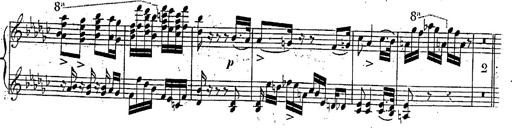
Title: Marche et Cavatine de Lucie de Lammermoor, S.398
Composer: Franz Liszt